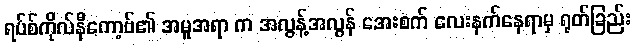
ရပ်စ်ကိုလ်နီကော့ဗ်၏ အမူအရာ က အလွန့်အလွန် အေးစက် လေးနက်နေရာမှ ရုတ်ခြည်း